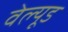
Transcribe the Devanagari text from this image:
वेल्यूड